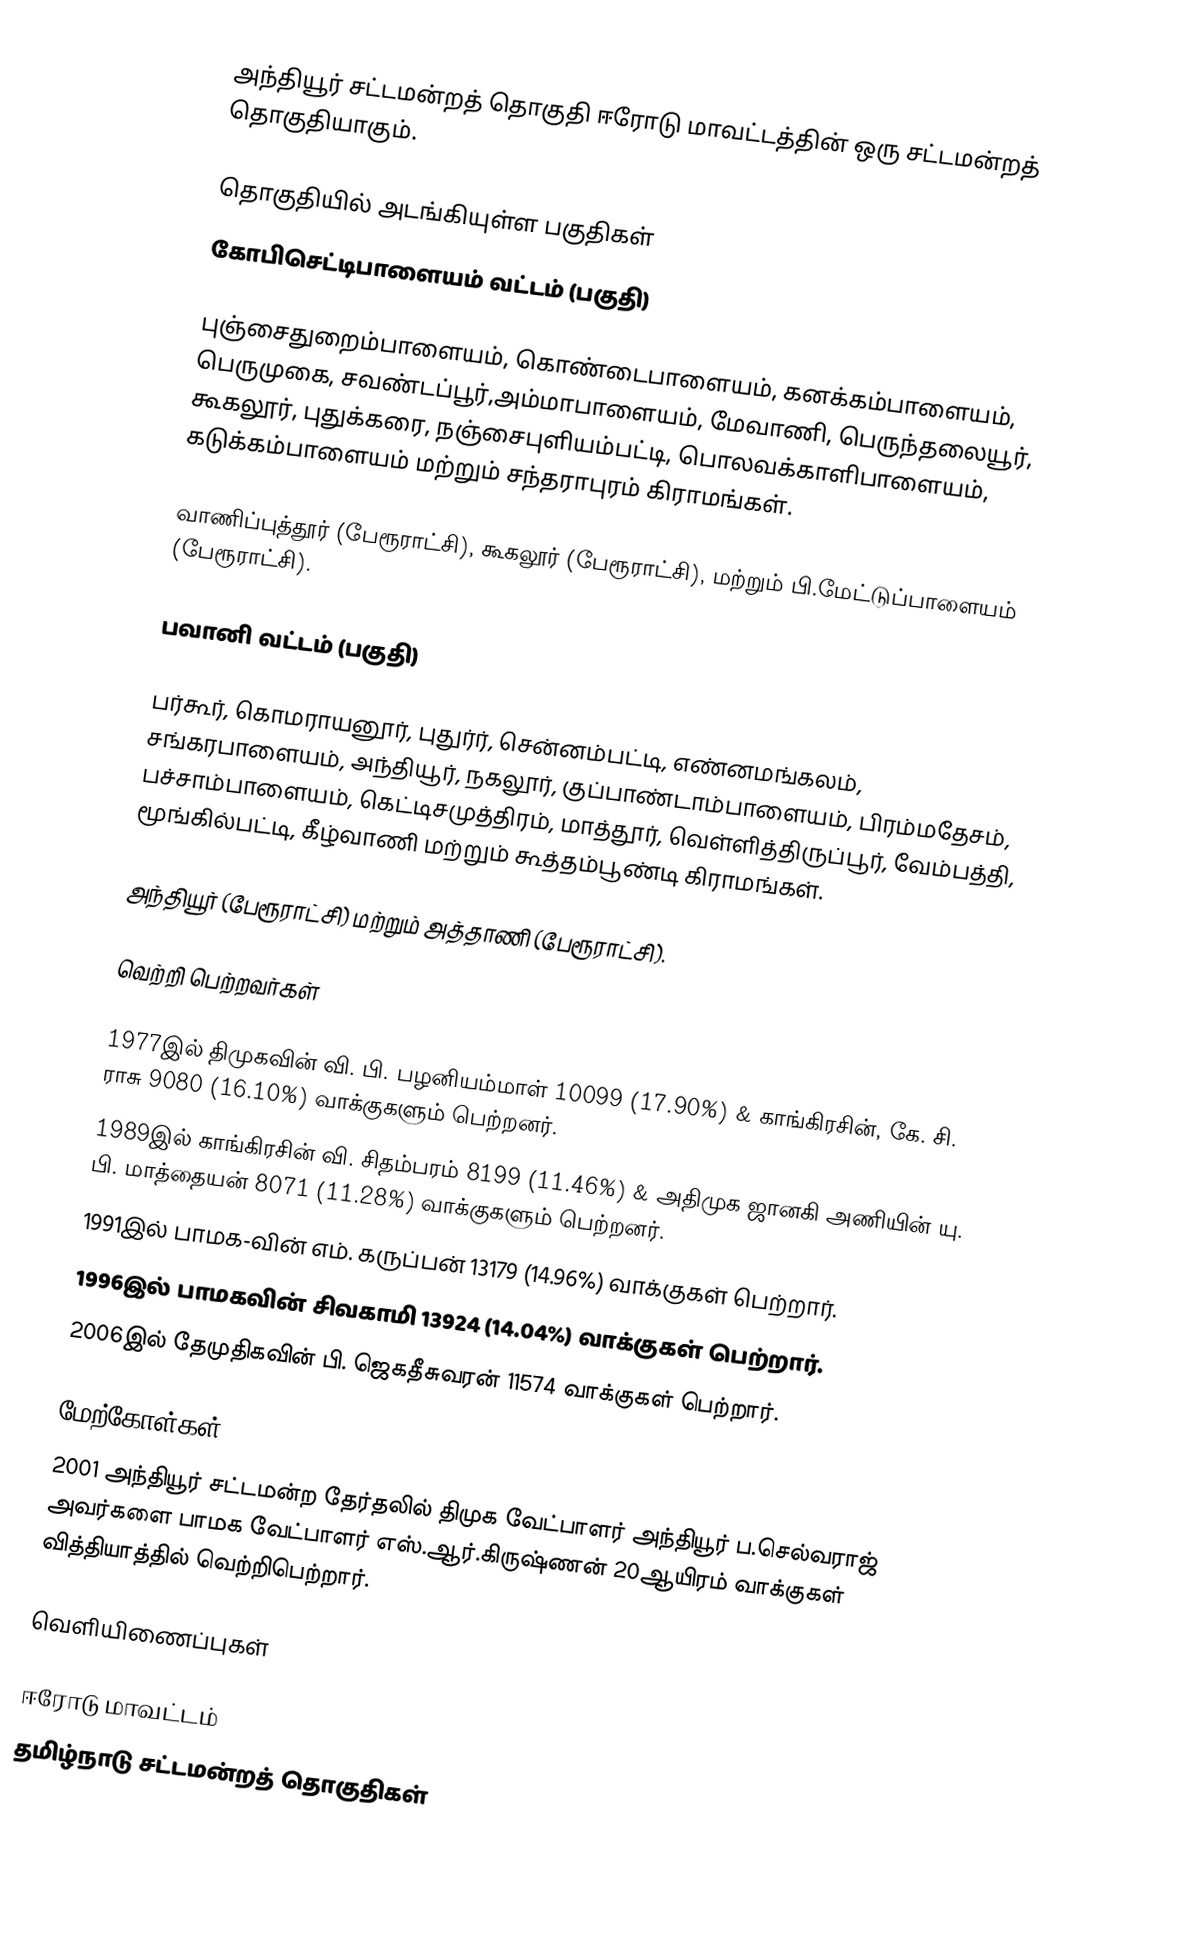
அந்தியூர் சட்டமன்றத் தொகுதி ஈரோடு மாவட்டத்தின் ஒரு சட்டமன்றத் தொகுதியாகும்.

தொகுதியில் அடங்கியுள்ள பகுதிகள்
கோபிசெட்டிபாளையம் வட்டம் (பகுதி)

புஞ்சைதுறைம்பாளையம், கொண்டைபாளையம், கனக்கம்பாளையம், பெருமுகை, சவண்டப்பூர்,அம்மாபாளையம், மேவாணி, பெருந்தலையூர், கூகலூர், புதுக்கரை, நஞ்சைபுளியம்பட்டி, பொலவக்காளிபாளையம், கடுக்கம்பாளையம் மற்றும் சந்தராபுரம் கிராமங்கள்.

வாணிப்புத்தூர் (பேரூராட்சி), கூகலூர் (பேரூராட்சி), மற்றும் பி.மேட்டுப்பாளையம் (பேரூராட்சி).

பவானி வட்டம் (பகுதி)

பர்கூர், கொமராயனூர், புதுர்ர், சென்னம்பட்டி, எண்னமங்கலம், சங்கரபாளையம், அந்தியூர், நகலூர், குப்பாண்டாம்பாளையம், பிரம்மதேசம், பச்சாம்பாளையம், கெட்டிசமுத்திரம், மாத்தூர், வெள்ளித்திருப்பூர், வேம்பத்தி, மூங்கில்பட்டி, கீழ்வாணி மற்றும் கூத்தம்பூண்டி கிராமங்கள்.

அந்தியூர் (பேரூராட்சி) மற்றும் அத்தாணி (பேரூராட்சி).

வெற்றி பெற்றவர்கள்

1977இல் திமுகவின் வி. பி. பழனியம்மாள் 10099 (17.90%) & காங்கிரசின்,  கே. சி. ராசு 9080 (16.10%) வாக்குகளும் பெற்றனர்.
1989இல் காங்கிரசின் வி. சிதம்பரம் 8199 (11.46%) & அதிமுக ஜானகி அணியின் யு. பி. மாத்தையன் 8071 (11.28%) வாக்குகளும் பெற்றனர்.
1991இல் பாமக-வின் எம். கருப்பன் 13179 (14.96%)  வாக்குகள் பெற்றார்.
1996இல் பாமகவின் சிவகாமி 13924 (14.04%) வாக்குகள் பெற்றார்.
2006இல் தேமுதிகவின் பி. ஜெகதீசுவரன் 11574 வாக்குகள் பெற்றார்.

மேற்கோள்கள்
2001 அந்தியூர்  சட்டமன்ற தேர்தலில் திமுக வேட்பாளர் அந்தியூர் ப.செல்வராஜ் அவர்களை  பாமக வேட்பாளர்  எஸ்.ஆர்.கிருஷ்ணன் 20ஆயிரம் வாக்குகள் வித்தியாத்தில் வெற்றிபெற்றார்.

வெளியிணைப்புகள்

ஈரோடு மாவட்டம்
தமிழ்நாடு சட்டமன்றத் தொகுதிகள்